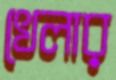
খেলার